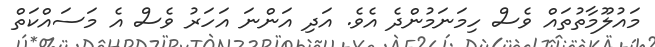
މައުލޫމާތުތައް ވެސް ހިމަނަމުންދެ އެވެ. އަދި އަންނަ އަހަރު ވެސް އެ މަސައްކަތް